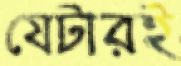
যেটারই